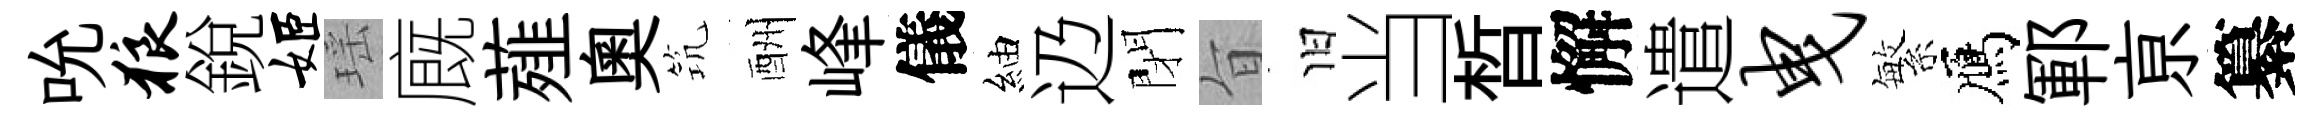
吮狼銳姬瑶廐薤奥𥬑酬峰儀紬辸閉旨旧当晳懈遣曳繁鴈鄆亰纂